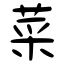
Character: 菜